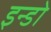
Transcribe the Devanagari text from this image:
इन्डो